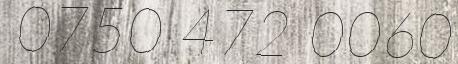
0750 472 0060